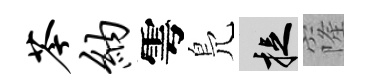
苓纳雩鳬捉窿